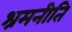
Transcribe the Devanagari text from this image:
श्रमनीति